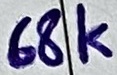
Text: 68k